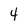
Character: 4